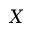
X